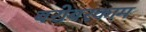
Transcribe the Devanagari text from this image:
बरोबरकाम